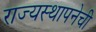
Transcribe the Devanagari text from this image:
राज्यस्थापनेची